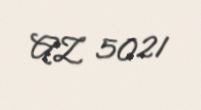
AZ 5021